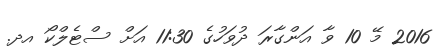
2016 މޭ 10 ވާ އަންގާރަ ދުވަހުގެ 11:30 އަށް ސްޓެލްކޯ އދ.